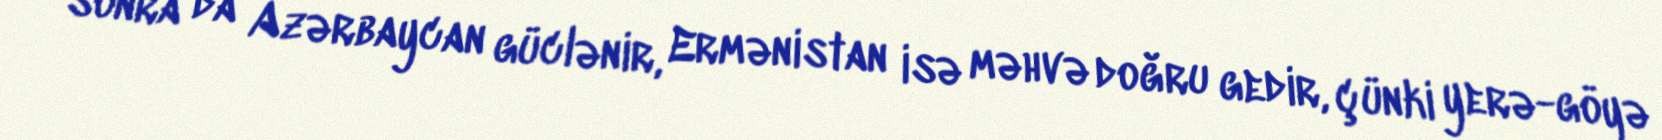
sonra da Azərbaycan güclənir, Ermənistan isə məhvə doğru gedir, çünki yerə-göyə